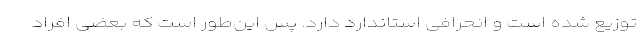
توزیع شده است و انحرافی استاندارد دارد. پس این‌طور است که بعضی افراد